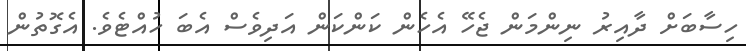
ހިސާބަށް ދާއިރު ނިންމަން ޖެހޭ އެހެން ކަންކަން އަދިވެސް އެބަ ހުއްޓެވެ. އެގޮތުން